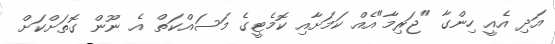
އަދި އެއީ ހިންގާ "ޖަރިމާ"އެއް ކަމަށާއި ކޮމެޓީގެ މަސައްކަތް އެ ނޫން ގޮތަށްކަށް